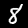
Digit: 8